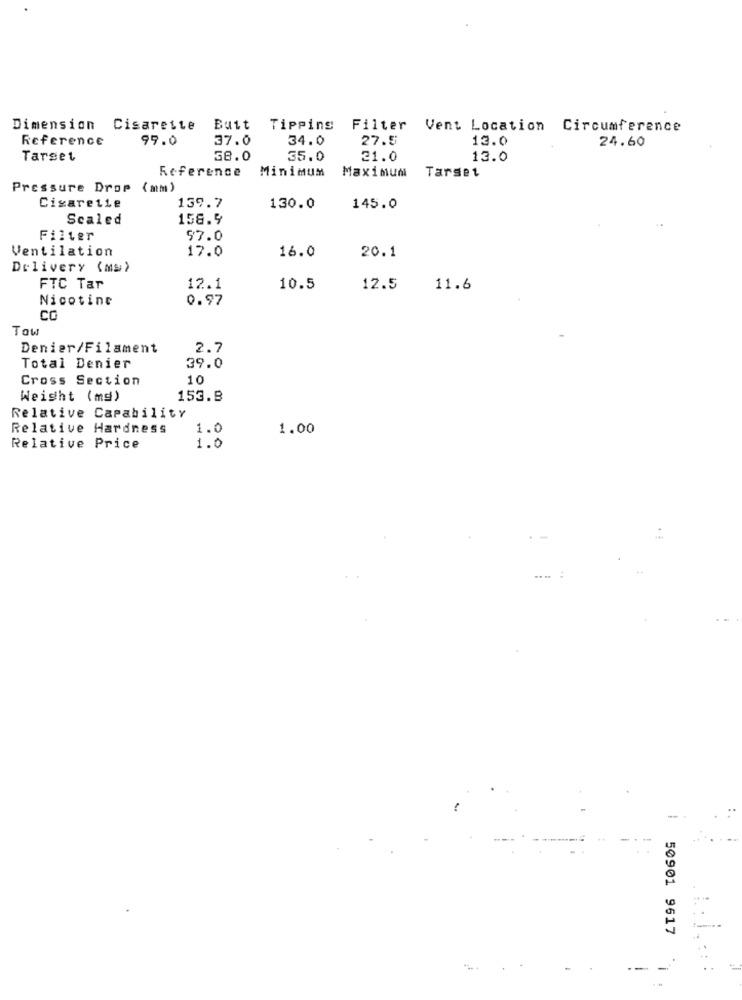
Dimension Cisareite
Butt Tipping Filter Vent Location Circumference
Reference
99.0
37.0
34.0
27.5
13.0
24.60
Tarset
38.0
35.0
21.0
13.0
Reference
Minimum
Maximumi
Tarset
Pressure Drop (am)
139.7
Cigaretie
130.0
145.0
Scaled
158.9
Filter
57.0
Ventilation
17.0
16.0
20.1
Delivery (ms)
FTC Tar
12.1
10.5
12.5
11.6
Nicotine
0.97
CO
Tow
Denier/Filament
2.7
Total Denier
39.0
Cross Section
10
Weight (md)
153.8
Relative Capability
Relative Hardness
1.0
1.00
Relative Price
1.0
50901 9617
: 1
-